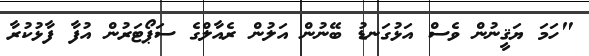
"ހަމަ ޔަޤީނުން ވެސް އަޅުގަނޑު ބޭނުން އަލުން ރެއާލްގެ ސަޕޯޓަރުން އުފާ ފާޅުކުރާ